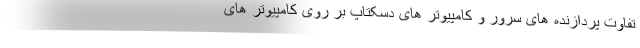
تفاوت پردازنده های سرور و کامپیوتر های دسکتاپ بر روی کامپیوتر های